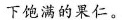
下饱满的果仁。